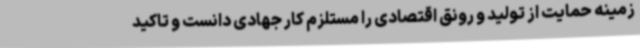
زمینه حمایت از تولید و رونق اقتصادی را مستلزم کار جهادی دانست و تاکید